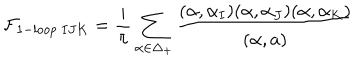
{ \cal F } _ { 1 - l o o p \ I J K } = { \frac { i } { \pi } } \sum _ { \alpha \in \Delta _ { + } } { \frac { ( \alpha , \alpha _ { I } ) ( \alpha , \alpha _ { J } ) ( \alpha , \alpha _ { K } ) } { ( \alpha , a ) } }